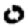
Digit: 0